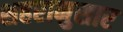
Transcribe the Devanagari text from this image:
शहरानुसार